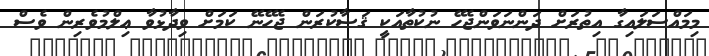
މިމައްސަލައިގާ އިތުރަށް ދަންނަވަންޖެހޭ ނުކުތާއަކީ ޤަޟާކުރަން ޖެހޭނޭ ކަމަށް ވިދާޅުވާ ޢިލްމުވެރިން ވެސް